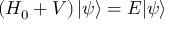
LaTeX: \left( H _ { 0 } + V \right) | \psi \rangle = E | \psi \rangle